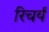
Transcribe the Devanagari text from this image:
रिचर्य